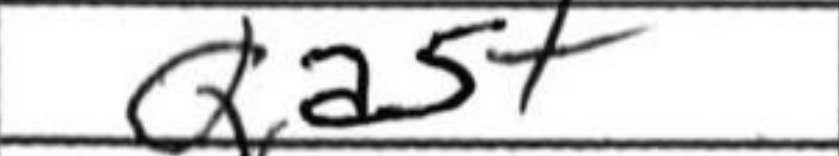
Transcription: Qa5+